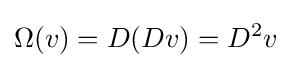
\Omega (v)=D(Dv)=D^{2}v